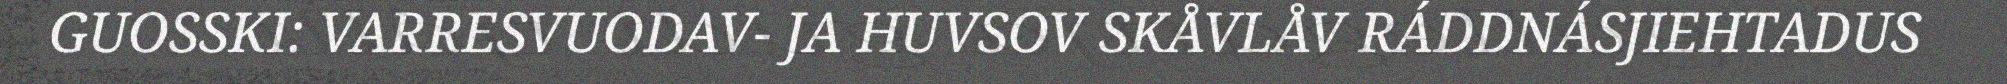
GUOSSKI: VARRESVUODAV- JA HUVSOV SKÅVLÅV RÁDDNÁSJIEHTADUS